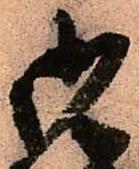
御